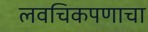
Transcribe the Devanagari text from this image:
लवचिकपणाचा